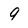
Character: 9